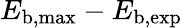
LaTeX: E_{\mathrm{b,max}}-E_{\mathrm{b,exp}}